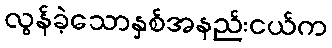
လွန်ခဲ့သောနှစ်အနည်းငယ်က